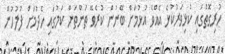
ހުރިގޮތުގައި ކުޅިވަރުކުޅެ އެއްވެ އުޅުމަށް ބޭނުން ކުރެވޭ ތަންތަން ކަމުގައި ހެދުމަށް ފުލުހުން